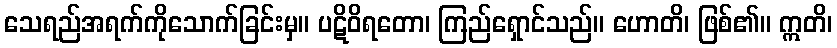
သေရည်အရက်ကိုသောက်ခြင်းမှ။ ပဋိဝိရတော၊ ကြည်ရှောင်သည်။ ဟောတိ၊ ဖြစ်၏။ ဣတိ၊